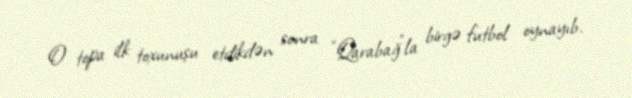
O topa ilk toxunuşu etdikdən sonra "Qarabağ"la birgə futbol oynayıb.